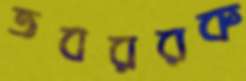
তবররক